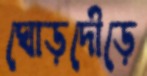
ঘোড়দৌড়ে